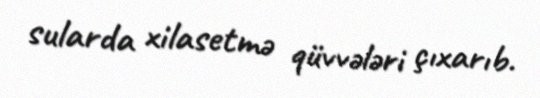
sularda xilasetmə qüvvələri çıxarıb.